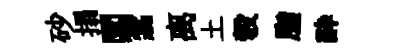
砂搨閶翥离土彀脂酔